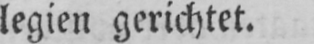
legien gerichtet.